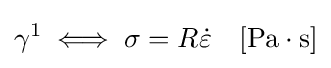
\gamma ^{1}\iff \sigma =R{\dot {\varepsilon }}\quad \mathrm {[Pa\cdot s]}